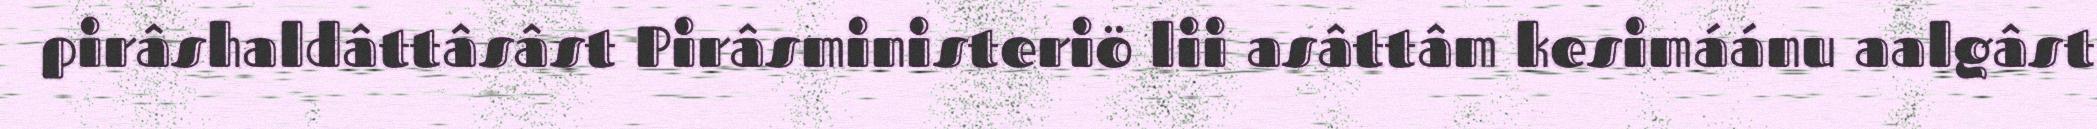
pirâshaldâttâsâst Pirâsministeriö lii asâttâm kesimáánu aalgâst